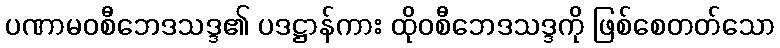
ပဏာမဝစီဘေဒသဒ္ဒ၏ ပဒဋ္ဌာန်ကား ထိုဝစီဘေဒသဒ္ဒကို ဖြစ်စေတတ်သော